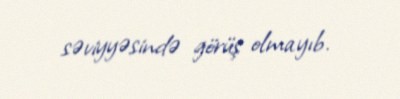
səviyyəsində görüş olmayıb.